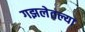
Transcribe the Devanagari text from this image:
गझलेतल्या